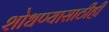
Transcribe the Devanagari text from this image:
शोधण्यासाठीही